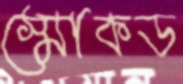
স্মোকড